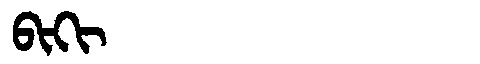
Manchu: ᠪᡳᡴᡳ
Romanization: BIKI